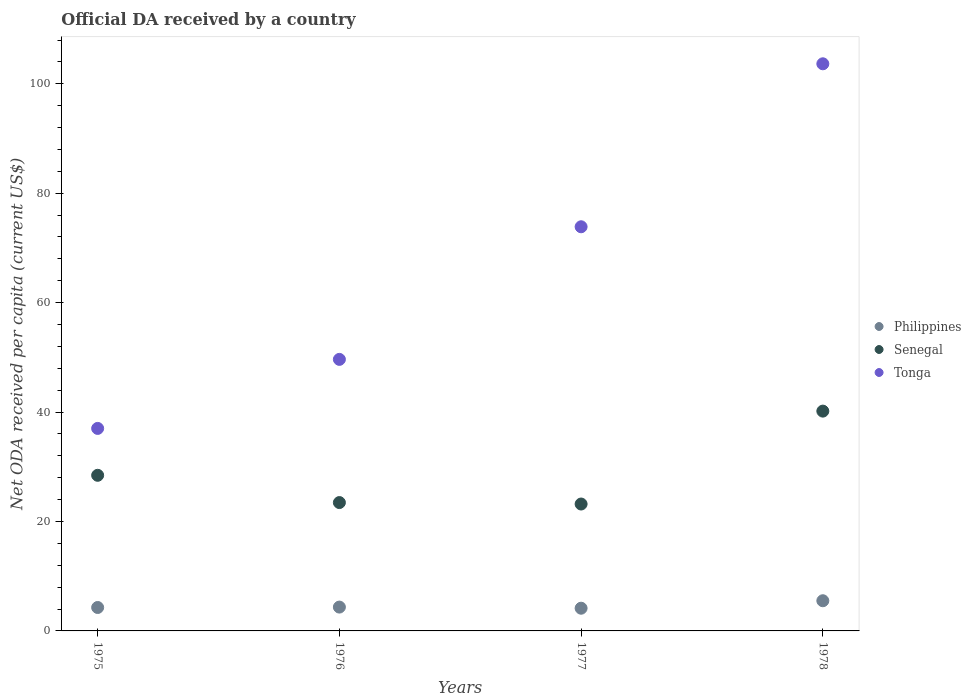
| Years | Philippines | Senegal | Tonga |
 | --- | --- | --- | --- |
 | 1975 | 4.28 | 28.4 | 37 |
 | 1976 | 4.36 | 23.5 | 49.6 |
 | 1977 | 4.15 | 23.2 | 73.9 |
 | 1978 | 5.52 | 40.2 | 104 |